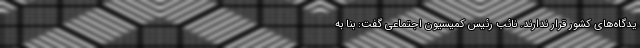
یدگاه‌های کشور قرار ندارند. نائب رئیس کمیسیون اجتماعی گفت: بنا به